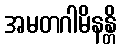
အမတဂါမိနန္တိ